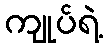
ကျုပ်ရဲ့